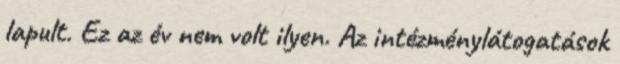
lapult. Ez az év nem volt ilyen. Az intézménylátogatások